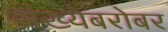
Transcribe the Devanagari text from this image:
संख्येबरोबर